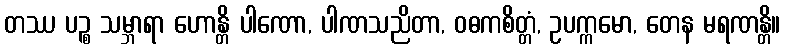
တဿ ပဉ္စ သမ္ဘာရာ ဟောန္တိ ပါဏော, ပါဏသညိတာ, ဝဓကစိတ္တံ, ဥပက္ကမော, တေန မရဏန္တိ။